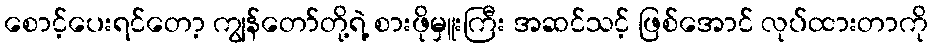
စောင့်ပေးရင်တော့ ကျွန်တော်တို့ရဲ့ စားဖိုမှူးကြီး အဆင်သင့် ဖြစ်အောင် လုပ်ထားတာကို